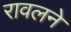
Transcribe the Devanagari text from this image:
रावलने